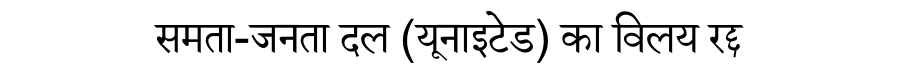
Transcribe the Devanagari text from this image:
समता-जनता दल (यूनाइटेड) का विलय रद्द